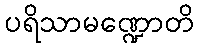
ပရိသာမဏ္ဍောတိ